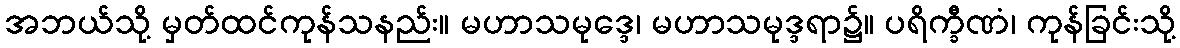
အဘယ်သို့ မှတ်ထင်ကုန်သနည်း။ မဟာသမုဒ္ဒေ၊ မဟာသမုဒ္ဒရာ၌။ ပရိက္ခီဏံ၊ ကုန်ခြင်းသို့